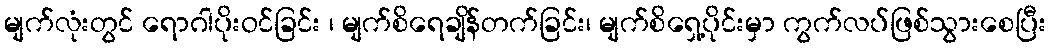
မျက်လုံးတွင် ရောဂါပိုးဝင်ခြင်း ၊ မျက်စိရေချိန်တက်ခြင်း၊ မျက်စိရှေ့ပိုင်းမှာ ကွက်လပ်ဖြစ်သွားစေပြီး